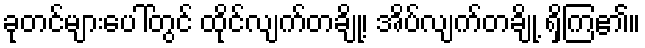
ခုတင်များပေါ်တွင် ထိုင်လျက်တချို့၊ အိပ်လျက်တချို့ ရှိကြ၏။